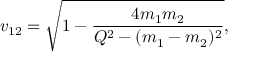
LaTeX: v _ { 1 2 } = \sqrt { 1 - \frac { 4 m _ { 1 } m _ { 2 } } { Q ^ { 2 } - ( m _ { 1 } - m _ { 2 } ) ^ { 2 } } } ,